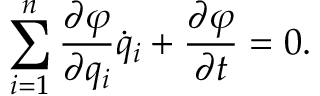
\sum _ { i = 1 } ^ { n } \frac { \partial \varphi } { \partial q _ { i } } \dot { q } _ { i } + \frac { \partial \varphi } { \partial t } = 0 { . }